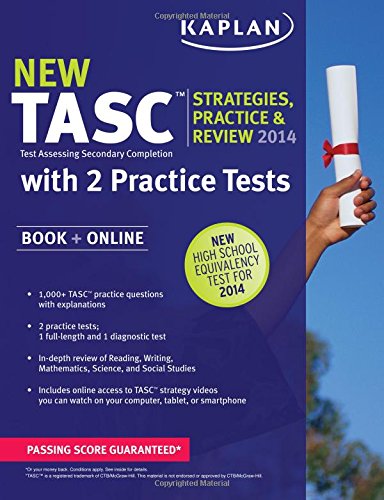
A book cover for Kaplan TASCÂ® Strategies, Practice, and Review 2014 with 2 Practice Tests: Book + Online (Kaplan Test Prep); Kaplan; Test Preparation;